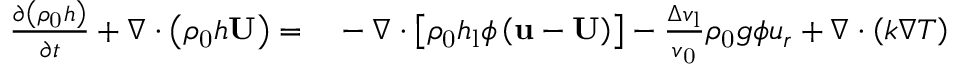
\begin{array} { r l } { \frac { \partial \left( \rho _ { \mathrm { 0 } } h \right) } { \partial t } + \nabla \cdot \left( \rho _ { \mathrm { 0 } } h \mathbf { U } \right) = } & { { } - \nabla \cdot \left[ \rho _ { \mathrm { 0 } } h _ { \mathrm { l } } \phi \left( \mathbf { u } - \mathbf { U } \right) \right] - \frac { \Delta v _ { \mathrm { l } } } { v _ { \mathrm { 0 } } } \rho _ { \mathrm { 0 } } { g } \phi { u _ { r } } + \nabla \cdot \left( k \nabla T \right) } \end{array}